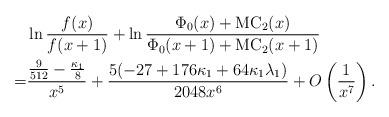
LaTeX: \begin{align*}&\ln \frac{f(x)}{f(x+1)}+\ln\frac{\Phi_0(x)+\mathrm{MC}_2(x)}{\Phi_0(x+1)+\mathrm{MC}_2(x+1)}\\=&\frac{\frac{9}{512} - \frac{\kappa_1}{8}}{x^5}+\frac{5 (-27 + 176 \kappa_1 + 64 \kappa_1 \lambda_1)}{2048 x^6}+O\left(\frac{1}{x^7}\right).\end{align*}